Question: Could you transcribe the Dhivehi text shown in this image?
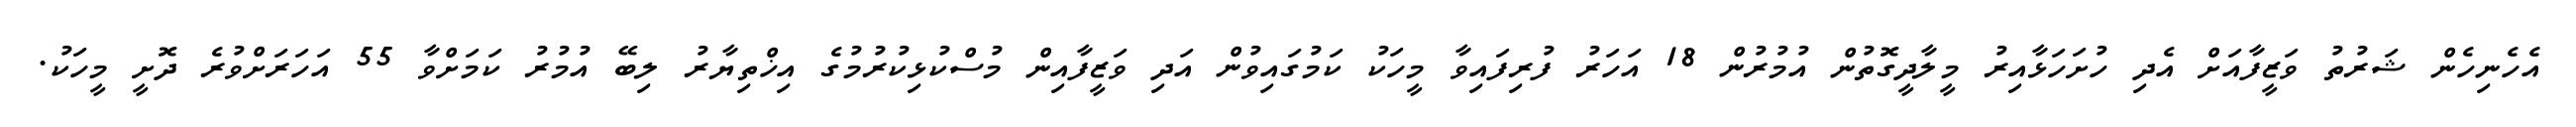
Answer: އެހެނިހެން ޝަރުތު ވަޒީފާއަށް އެދި ހުށަހަޅާއިރު މީލާދީގޮތުން އުމުރުން 18 އަހަރު ފުރިފައިވާ މީހަކު ކަމުގައިވުން އަދި ވަޒީފާއިން މުސްކުޅިކުރުމުގެ އިޚްތިޔާރު ލިބޭ އުމުރު ކަމަށްވާ 55 އަހަރަށްވުރެ ދޮށީ މީހަކު.